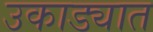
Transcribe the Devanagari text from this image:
उकाड्यात